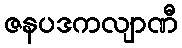
ဇနပဒကလျာဏီ